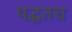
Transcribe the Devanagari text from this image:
पद्धतच